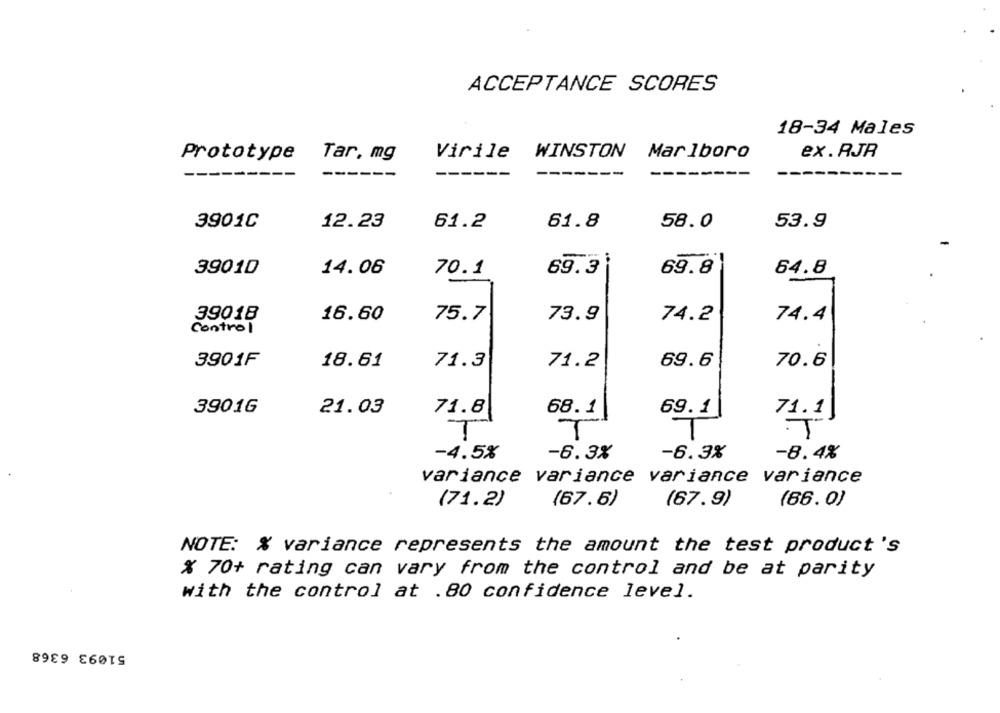
ACCEPTANCE SCORES
18-34 Males
Prototype
Tar, mg
Virile
WINSTON Marlboro
ex.RJR
------
------
------
3901C
12.23
61.2
61.8
58.0
53.9
39010
70.1
69.3
69.8
14.06
64.8
39018
16.60
75.7
73.9
74.2
74.4
control
3901F
18.61
71.3
71.2
69.6
70.6
3901G
21.03
71.8
68.1
69.1
71.1
T
T
T
-4.5%
-6.3%
-6.3%
-8.4%
variance variance variance variance
(71.2)
(67.5)
(67.9)
(66.0)
NOTE: % variance represents the amount the test product's
% 70+ rating can vary from the control and be at parity
with the control at .80 confidence level.
51093 6368